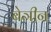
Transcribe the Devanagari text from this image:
बेञीन